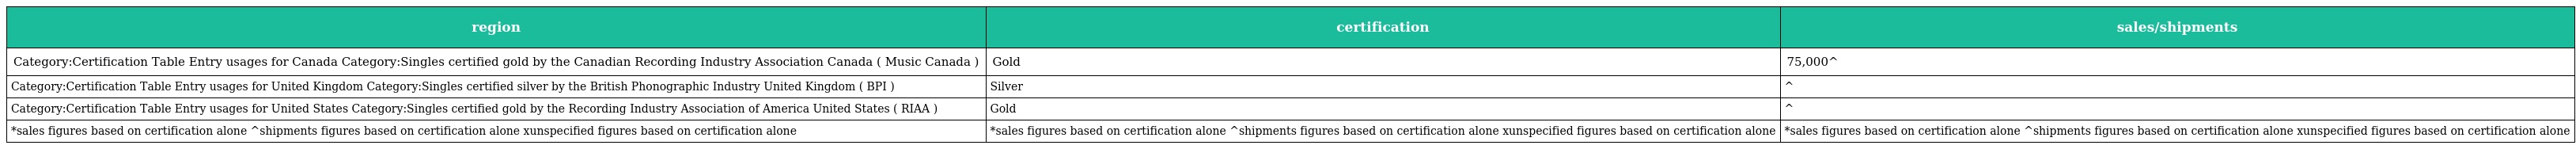
| region | certification | sales/shipments |
 | --- | --- | --- |
 | Category:Certification Table Entry usages for Canada Category:Singles certified gold by the Canadian Recording Industry Association Canada ( Music Canada ) | Gold | 75,000^ |
 | Category:Certification Table Entry usages for United Kingdom Category:Singles certified silver by the British Phonographic Industry United Kingdom ( BPI ) | Silver | ^ |
 | Category:Certification Table Entry usages for United States Category:Singles certified gold by the Recording Industry Association of America United States ( RIAA ) | Gold | ^ |
 | *sales figures based on certification alone ^shipments figures based on certification alone xunspecified figures based on certification alone | *sales figures based on certification alone ^shipments figures based on certification alone xunspecified figures based on certification alone | *sales figures based on certification alone ^shipments figures based on certification alone xunspecified figures based on certification alone |